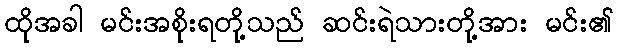
ထိုအခါ မင်းအစိုးရတို့သည် ဆင်းရဲသားတို့အား မင်း၏